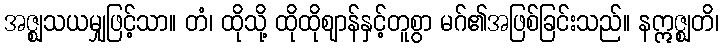
အဇ္ဈသယမျှဖြင့်သာ။ တံ၊ ထိုသို့ ထိုထိုဈာန်နှင့်တူစွာ မဂ်၏အဖြစ်ခြင်းသည်။ နဣဇ္ဈတိ၊